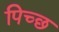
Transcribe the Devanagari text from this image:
पिच्छ